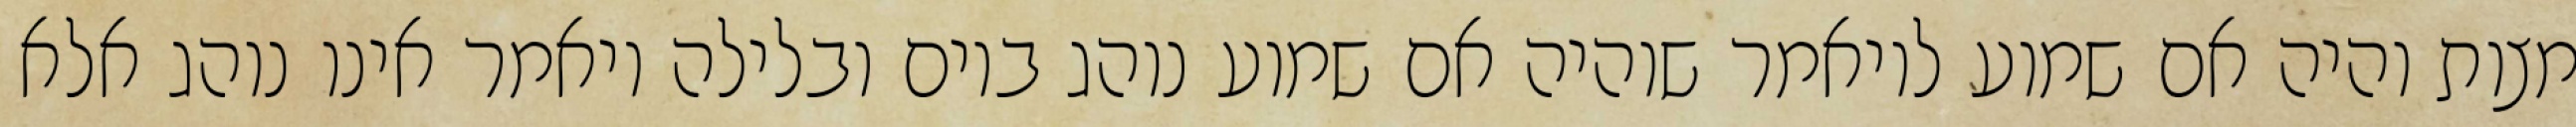
מצות והיה אם שמוע לויאמר שוהיה אם שמוע נוהג ביום ובלילה ויאמר אינו נוהג אלא